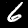
Label: 6